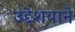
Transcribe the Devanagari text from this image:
उद्देशयाने